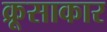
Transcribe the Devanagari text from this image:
क्रूसाकार